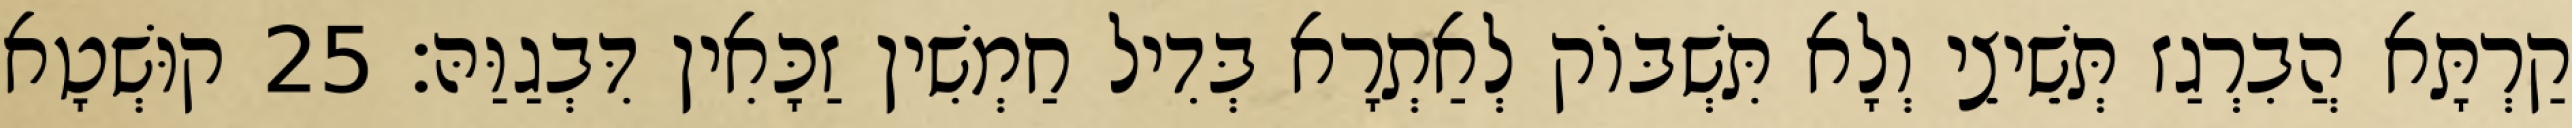
קַרְתָּא הֲבִרְגַז תְּשֵׁיצֵי וְלָא תִּשְׁבּוֹק לְאַתְרָא בְּדִיל חַמְשִׁין זַכָּאִין דִּבְגַוַּהּ׃ 25 קוּשְׁטָא